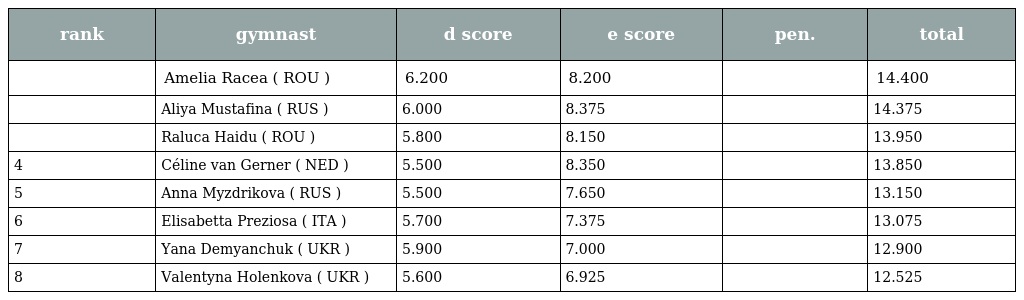
| rank | gymnast | d score | e score | pen. | total |
 | --- | --- | --- | --- | --- | --- |
 |  | Amelia Racea ( ROU ) | 6.200 | 8.200 |  | 14.400 |
 |  | Aliya Mustafina ( RUS ) | 6.000 | 8.375 |  | 14.375 |
 |  | Raluca Haidu ( ROU ) | 5.800 | 8.150 |  | 13.950 |
 | 4 | Céline van Gerner ( NED ) | 5.500 | 8.350 |  | 13.850 |
 | 5 | Anna Myzdrikova ( RUS ) | 5.500 | 7.650 |  | 13.150 |
 | 6 | Elisabetta Preziosa ( ITA ) | 5.700 | 7.375 |  | 13.075 |
 | 7 | Yana Demyanchuk ( UKR ) | 5.900 | 7.000 |  | 12.900 |
 | 8 | Valentyna Holenkova ( UKR ) | 5.600 | 6.925 |  | 12.525 |